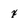
Character: x